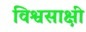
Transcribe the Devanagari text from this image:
विश्वसाक्षी